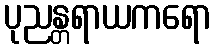
ပုညန္တရာယကရော